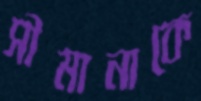
সীমানাকে